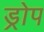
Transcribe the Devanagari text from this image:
ड्रोप